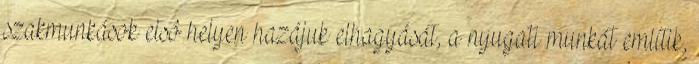
szakmunkások elsô helyen hazájuk elhagyását, a nyugati munkát említik,